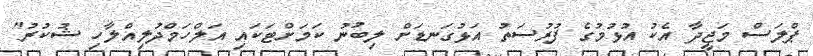
ޕްލަސް މަޖީދާ އެކު އުޅުމުގެ ފުރުސަތު އަޅުގަނޑަށް ލިބުނު ކަމަށްޓަކައި އަލްހަމްދުލިއްލާހި ޝުކުރު"